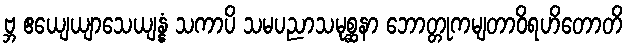
ဗ္ဘ ဧယျေယျာသေယျန္နံ သကာပိ သမပညာသမုစ္ဆနာ ဘောတ္တုကမျတာဝိရဟိတောတိ